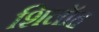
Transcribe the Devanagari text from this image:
शिलॉह